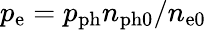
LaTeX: p_{\mathrm{e}}=p_{\mathrm{ph}}n_{\mathrm{ph0}}/n_{\mathrm{e0}}